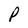
Character: P